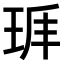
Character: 𤤵